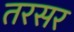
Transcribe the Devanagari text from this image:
तरसर